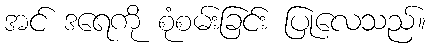
အင် ဒရေကို စုံစမ်းခြင်း ပြုလေသည်။